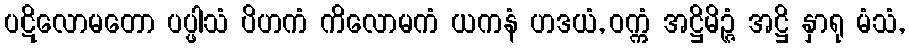
ပဋိလောမတော ပပ္ဖါသံ ပိဟကံ ကိလောမကံ ယကနံ ဟဒယံ, ဝက္ကံ အဋ္ဌိမိဉ္ဇံ အဋ္ဌိ နှာရု မံသံ,